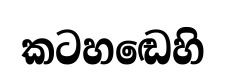
කටහඬෙහි